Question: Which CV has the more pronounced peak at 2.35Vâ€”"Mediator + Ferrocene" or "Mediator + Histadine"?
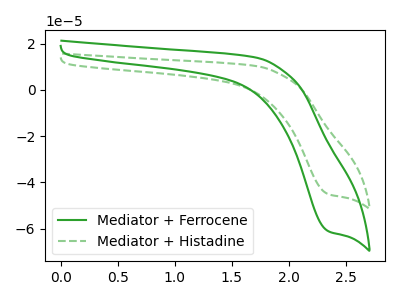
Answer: <think>The green curve "Mediator + Ferrocene" has a cathodic peak at: (2.35V, -61.10uA). The green dashed curve "Mediator + Histadine" has a cathodic peak at: (2.35V, -45.10uA).</think>
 <answer>The peak at 2.35V is higher in "Mediator + Ferrocene" than in "Mediator + Histadine".</answer>
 <eval>higher</eval>